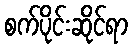
စက်ပိုင်းဆိုင်ရာ